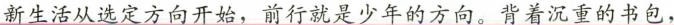
新生活从选定方向开始，前行就是少年的方向。背着沉重的书包，